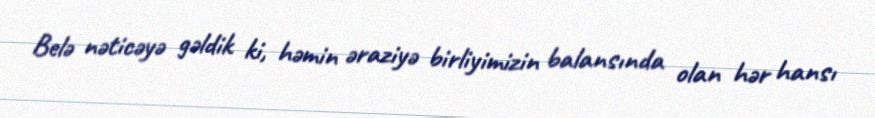
Belə nəticəyə gəldik ki, həmin əraziyə birliyimizin balansında olan hər hansı